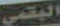
البقمي